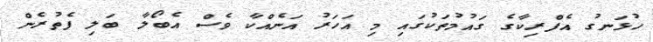
ހުޅަނގު އެފްރިކާގެ ގައުމުތަކުގައި މި އަހަރު އަނެއްކާ ވެސް އެބޯލާ ބަލި ފެތުރެން